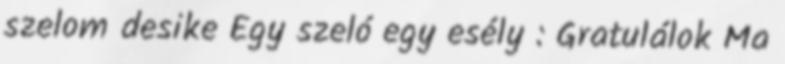
szelom desike Egy szeló egy esély : Gratulálok Ma